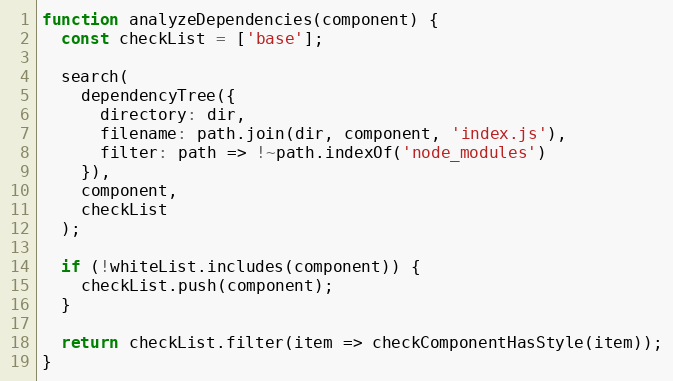
Language: JavaScript
function analyzeDependencies(component) {
  const checkList = ['base'];

  search(
    dependencyTree({
      directory: dir,
      filename: path.join(dir, component, 'index.js'),
      filter: path => !~path.indexOf('node_modules')
    }),
    component,
    checkList
  );

  if (!whiteList.includes(component)) {
    checkList.push(component);
  }

  return checkList.filter(item => checkComponentHasStyle(item));
}